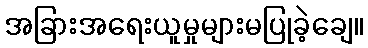
အခြားအရေးယူမှုများမပြုခဲ့ချေ။